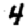
Digit: 4